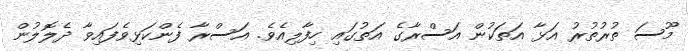
މޫސަ ތުރުތުރު އަޅާ އަތަކުން އަސްރާގެ އަތުގައި ހިފާލިއެވެ. އަސްރާ ފެންކަޅިވެފައިވާ ދެލޮލުން